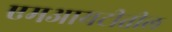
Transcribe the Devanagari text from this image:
एमआयटीतील